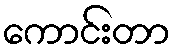
ကောင်းတာ